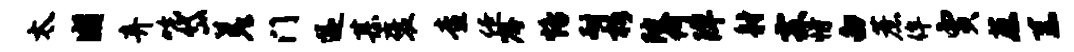
太圃弃吮岱差门遂甚褒查僚嘱恪耐柝陂何陴射霖恃白蔗侔贾蔡系